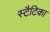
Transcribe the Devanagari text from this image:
स्टैटिका